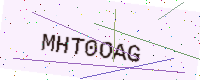
Text: MHT0OAG